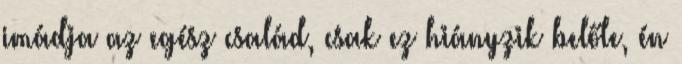
imádja az egész család, csak ez hiányzik belőle, én